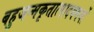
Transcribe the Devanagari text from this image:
बहुजन्मकृतात्पादयमर्थो